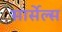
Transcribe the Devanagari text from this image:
सार्सेल्स